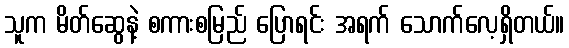
သူက မိတ်ဆွေနဲ့ စကားစမြည် ပြောရင်း အရက် သောက်လေ့ရှိတယ်။